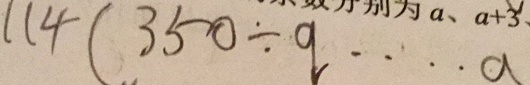
1 1 4 ( 3 5 0 \div q \cdots a